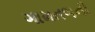
ગામતળની